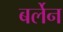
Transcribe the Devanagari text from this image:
बर्लेन